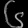
Digit: ၆